Annual administration and progress report of the Indian Medical Department, Bombay
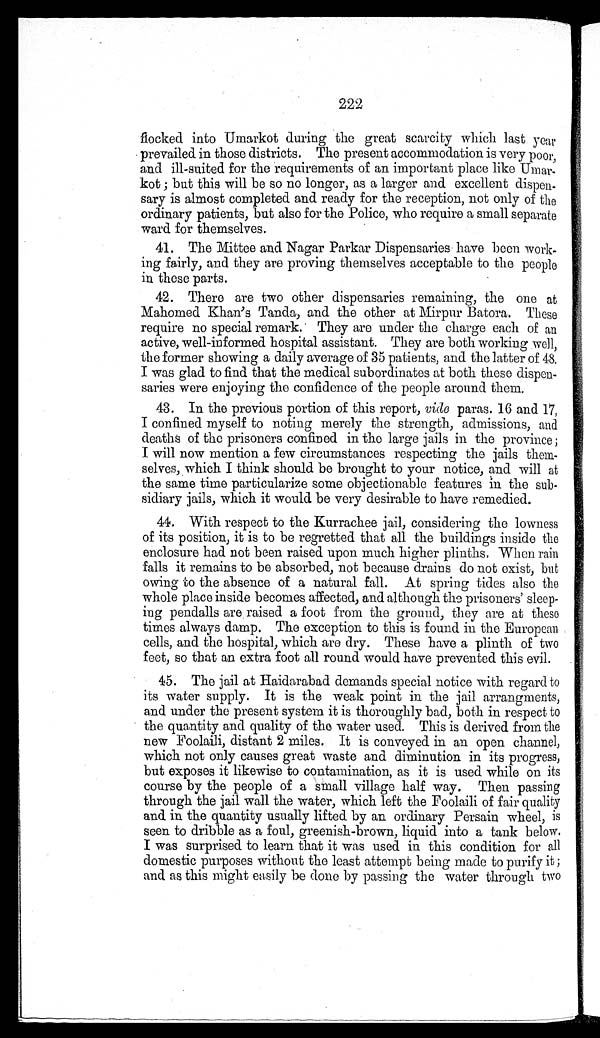
222
flocked into Umarkot during the great scarcity which last year
prevailed in those districts. The present accommodation is very poor,
and ill-suited for the requirements of an important place like Umar-
kot ; but this will be so no longer, as a larger and excellent dispen
-sary is almost completed and ready for the reception, not only of the
ordinary patients, but also for the Police, who require a small separate
ward for themselves.
41. The Mittee and Nagar Parkar Dispensaries have been work
- i n g f a i r l y , a n d t h e y a r e p r o v i n g t h e m s e l v e s a c c e p t a b l e t o t h e p e o p l e
in these parts.
42. There are two other dispensaries remaining, the one at
Mahomed Khan’s Tanda, and the other at Mirpur Batora. These
require no special remark. They are under the charge each of an
active, well-informed hospital assistant. They are both working well,
the former showing a daily average of 35 patients, and the latter of 48.
I was glad to find that the medical subordinates at both these dispen
- s a r i e s w e r e e n j o y i n g t h e c o n f i d e n c e o f t h e p e o p l e a r o u n d t h e m .
43. In the previous portion of this report, vide paras. 16 and 17,
I confined myself to noting merely the strength, admissions, and
deaths of the prisoners confined in the large jails in the province
; I will now mention a few circumstances respecting the jails them
- s e l v e s , w h i c h I t h i n k s h o u l d b e b r o u g h t t o y o u r n o t i c e , a n d w i l l a t
the same time particularize some objectionable features in the sub
- s i d i a r y j a i l s , w h i c h i t w o u l d b e v e r y d e s i r a b l e t o h a v e r e m e d i e d .
41. With respect to the Kurrachee jail, considering the lowness
of its position, it is to be regretted that all the buildings inside the
enclosure had not been raised upon much higher plinths. When rain
falls it remains to be absorbed, not because drains do not exist, but
owing to the absence of a natural fall. At spring tides also the
whole place inside becomes affected, and although the prisoners’ sleep
- i n g p e n d a l l s a r e r a i s e d a f o o t f r o m t h e g r o u n d , t h e y a r e a t t h e s e
times always damp. The exception to this is found in the European
cells, and the hospital, which are dry. These have a plinth of two
feet, so that an extra foot all round would have prevented this evil.
45. The jail at Haidarabad demands special notice with regard to
its water supply. It is the weak point in the jail arrangments,
and under the present system it is thoroughly bad, both in respect to
the quantity and quality of the water used. This is derived from the
new Foolaili, distant 2 miles. It is conveyed in an open channel,
which not only causes great waste and diminution in its progress,
but exposes it likewise to contamination, as it is used while on its
course by the people of a small village half way. Then passing
through the jail wall the water, which left the Foolaili of fair quality
and in the quantity usually lifted by an ordinary Persain wheel, is
seen to dribble as a foul, greenish-brown, liquid into a tank below.
I was surprised to learn that it was used in this condition for all
domestic purposes without the least attempt being made to purify it ;
and as this might easily be done by passing the water through two